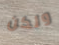
ولكن